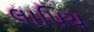
લાપિચ